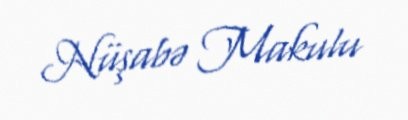
Nüşabə Makulu